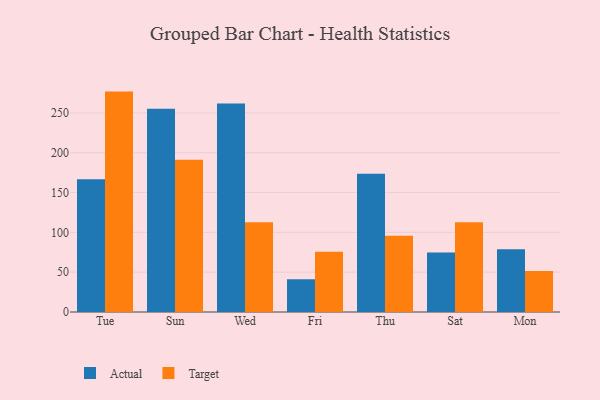
{"axis": {"x": "Day", "y": "Revenue (USD Million)"}, "legend": ["Actual", "Target"], "data": [{"x": "Tue", "y": 166.7, "type": "Actual"}, {"x": "Tue", "y": 276.7, "type": "Target"}, {"x": "Sun", "y": 255.3, "type": "Actual"}, {"x": "Sun", "y": 191.1, "type": "Target"}, {"x": "Wed", "y": 261.8, "type": "Actual"}, {"x": "Wed", "y": 112.7, "type": "Target"}, {"x": "Fri", "y": 41.1, "type": "Actual"}, {"x": "Fri", "y": 75.6, "type": "Target"}, {"x": "Thu", "y": 173.6, "type": "Actual"}, {"x": "Thu", "y": 95.8, "type": "Target"}, {"x": "Sat", "y": 74.6, "type": "Actual"}, {"x": "Sat", "y": 112.8, "type": "Target"}, {"x": "Mon", "y": 78.8, "type": "Actual"}, {"x": "Mon", "y": 51.5, "type": "Target"}]}